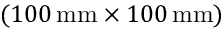
( 1 0 0 \, \mathrm { m m } \times 1 0 0 \, \mathrm { m m } )